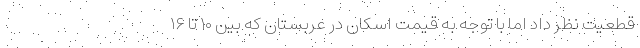
قطعیت نظر داد اما با توجه به قیمت اسکان در عربستان که بین ۱۰ تا ۱۶